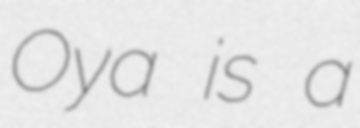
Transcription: Oya is a